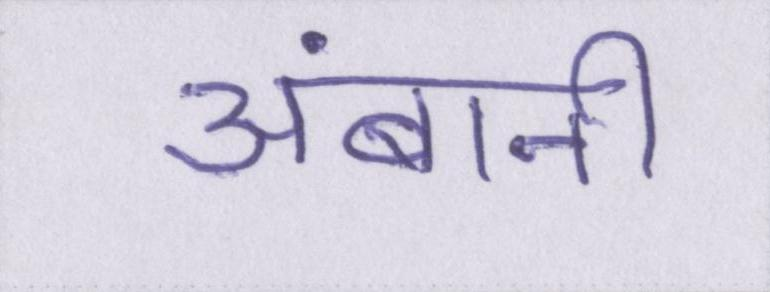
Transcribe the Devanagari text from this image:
अंबानी